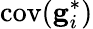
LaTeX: \mathrm{cov}(\mathbf{g}_{i}^{*})